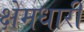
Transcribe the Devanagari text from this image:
क्षेमधारी